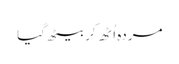
مردہ اُٹھ کر بیٹھ گیا